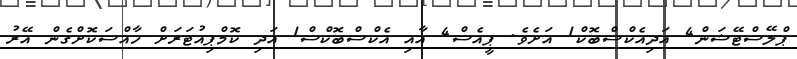
ޕްލޭސްޓޭޝަން4 އަދިއެކްސްބޮކް1 އަށެވެ. ޕީއެސް4 އާއި އެކްސްބޮކްސް1 އަދި ކޮމްޕިއުޓަރަށް ހާއްސަކޮށްގެން އޭރު